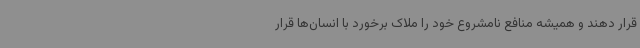
قرار دهند و همیشه منافع نامشروع خود را ملاک برخورد با انسان‌ها قرار